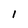
Character: l